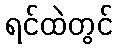
ရင်ထဲတွင်